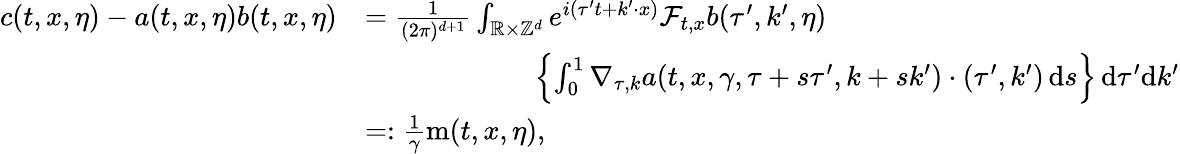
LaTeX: \begin{array}{rl}{c(t,x,\eta)-a(t,x,\eta)b(t,x,\eta)}&{=\frac{1}{(2\pi)^{d+1}}\int_{\mathbb R\times\mathbb Z^{d}}e^{i(\tau^{\prime}t+k^{\prime}\cdot x)}\mathcal{F}_{t,x}b(\tau^{\prime},k^{\prime},\eta)}\\ &{\qquad\qquad\qquad\left\lbrace\int_{0}^{1}\nabla_{\tau,k}a(t,x,\gamma,\tau+s\tau^{\prime},k+sk^{\prime})\cdot(\tau^{\prime},k^{\prime})\, \mathrm{d}s\right\rbrace\, \mathrm{d}\tau^{\prime}\mathrm{d}k^{\prime}}\\ &{=:\frac{1}{\gamma}\mathrm{m}(t,x,\eta),}\end{array}